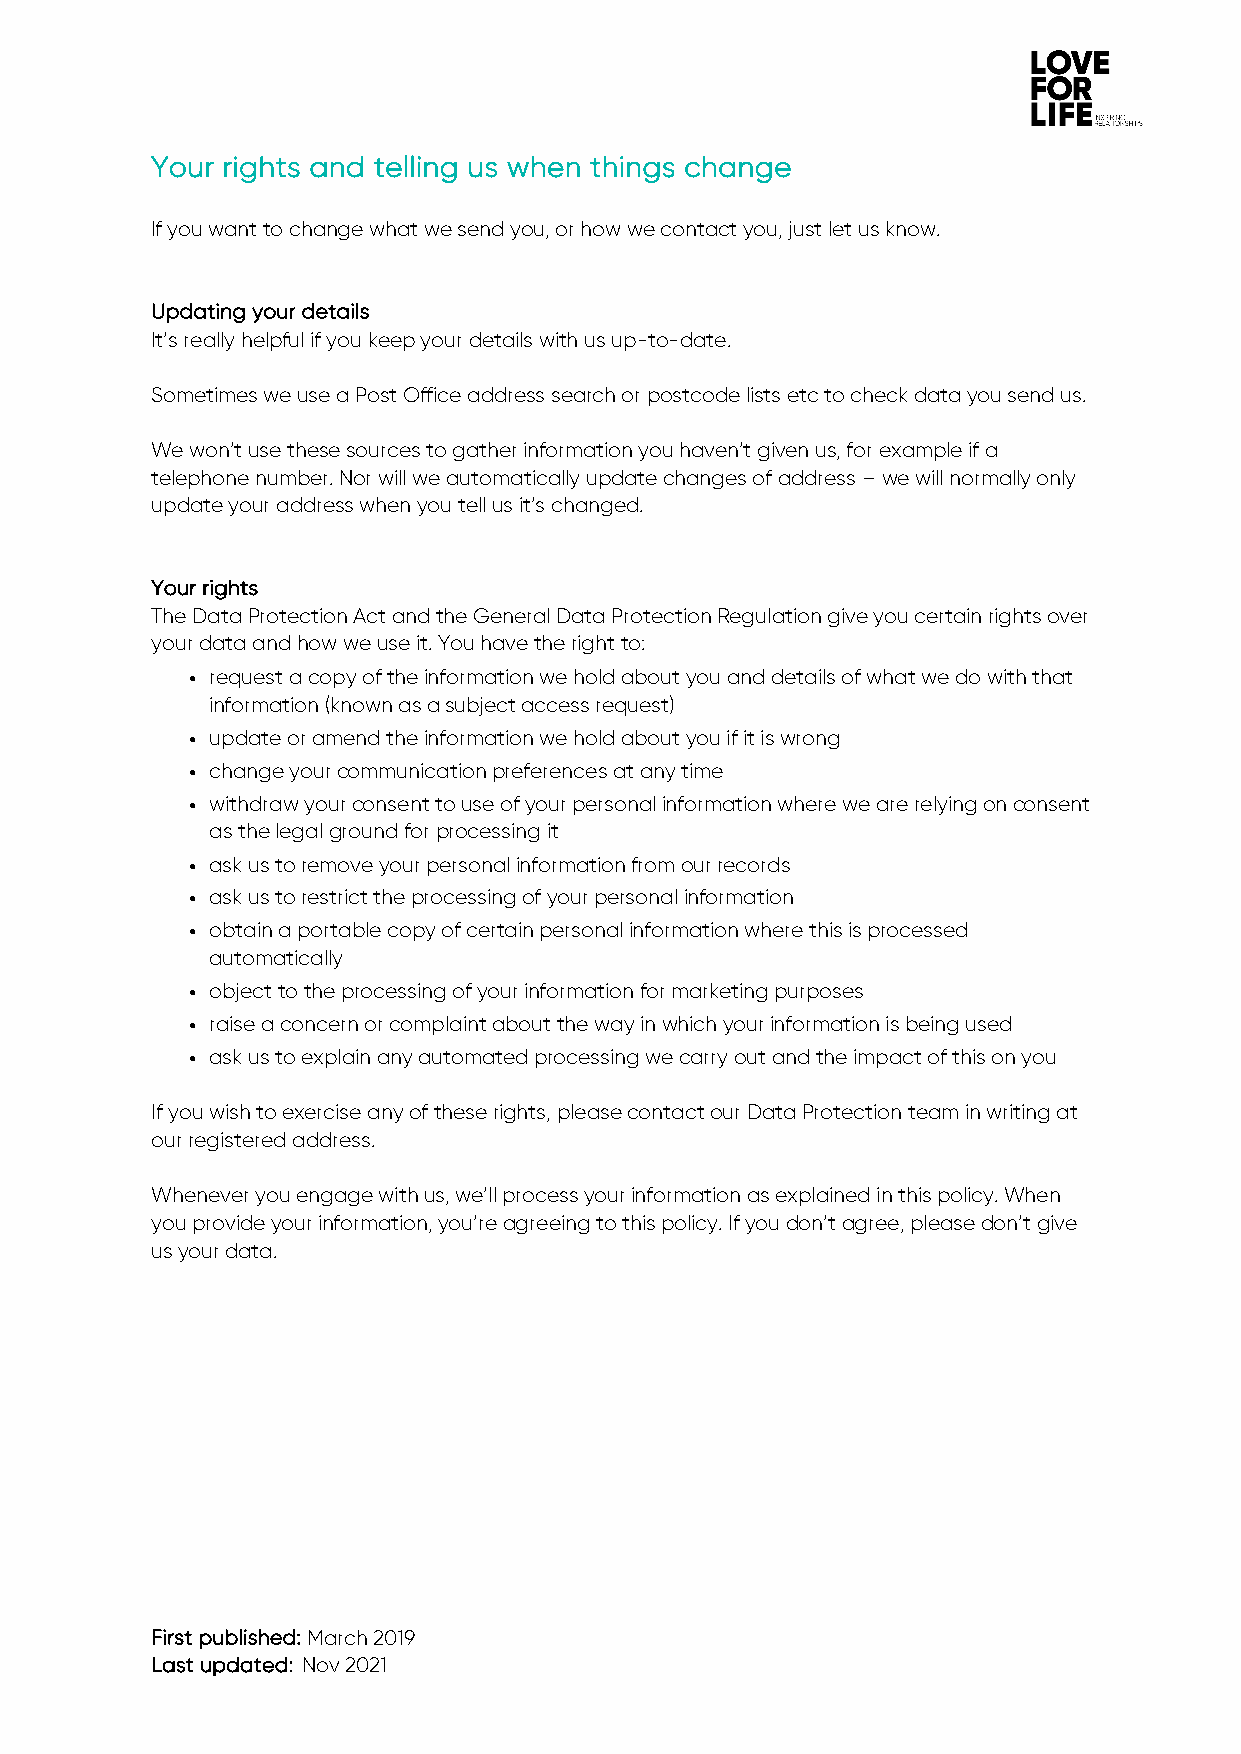
Your rights and telling us when things change
 If you want to change what we send you, or how we contact you, just let us know.
 Updating your details
 It’s really helpful if you keep your details with us up-to-date.
 Sometimes we use a Post Office address search or postcode lists etc to check data you send us.
 We won’t use these sources to gather information you haven’t given us, for example if a
 telephone number. Nor will we automatically update changes of address – we will normally only
 update your address when you tell us it’s changed.
 Your rights
 The Data Protection Act and the General Data Protection Regulation give you certain rights over
 your data and how we use it. You have the right to:
 ! request a copy of the information we hold about you and details of what we do with that
 information (known as a subject access request)
 ! update or amend the information we hold about you if it is wrong
 ! change your communication preferences at any time
 ! withdraw your consent to use of your personal information where we are relying on consent
 as the legal ground for processing it
 ! ask us to remove your personal information from our records
 ! ask us to restrict the processing of your personal information
 ! obtain a portable copy of certain personal information where this is processed
 automatically
 ! object to the processing of your information for marketing purposes
 ! raise a concern or complaint about the way in which your information is being used
 ! ask us to explain any automated processing we carry out and the impact of this on you
 If you wish to exercise any of these rights, please contact our Data Protection team in writing at
 our registered address.
 Whenever you engage with us, we’ll process your information as explained in this policy. When
 you provide your information, you’re agreeing to this policy. If you don’t agree, please don’t give
 us your data.
 First published: March 2019
 Last updated: Nov 2021